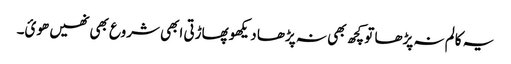
یہ کالم نہ پڑھا تو کچھ بھی نہ پڑھا دیکھو پھاڑتی ابھی شروع بھی نھیں ھوئ۔